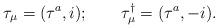
LaTeX: \begin{align*}\tau _\mu =(\tau ^a,i);\qquad \tau _\mu ^{\dagger }=(\tau ^a,-i).\end{align*}